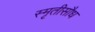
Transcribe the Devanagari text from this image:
स्मृतीसौध